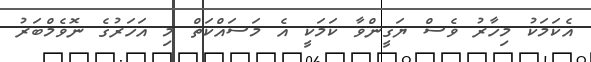
އެކަމަކު މިހާރު ވެސް ޔަގީންވާ ކަމަކީ އެ މަސައްކަތް މި އަހަރުގެ ނޮވެމްބަރު